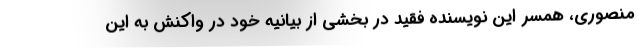
منصوری، همسر این نویسنده فقید در بخشی از بیانیه‌ خود در واکنش به این